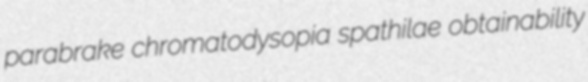
parabrake chromatodysopia spathilae obtainability